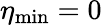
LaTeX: \eta_{\mathrm{min}}=0